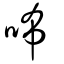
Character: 咘